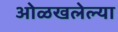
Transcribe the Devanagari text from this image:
ओळखलेल्या